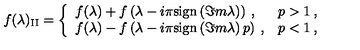
f ( \lambda ) _ { \mathrm { I I } } = \left\{ \begin{array} { l l } { f ( \lambda ) + f \left( \lambda - i \pi \mathrm { s i g n } \left( \Im m \lambda \right) \right) \: , } & { p > 1 \: , } \\ { f ( \lambda ) - f \left( \lambda - i \pi \mathrm { s i g n } \left( \Im m \lambda \right) p \right) \: , } & { p < 1 \: , } \\ \end{array} \right.